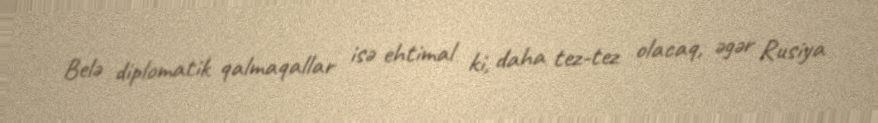
Belə diplomatik qalmaqallar isə ehtimal ki, daha tez-tez olacaq, əgər Rusiya